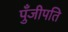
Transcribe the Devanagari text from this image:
पुँजीपति